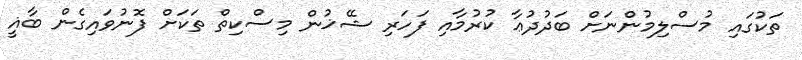
ތަކުގައި މުސްލިމުންނަށް ބަދުދުޢާ ކުރުމާއި ފަހަރި ޝޭޚުން މިސްކިތް ތަކަށް ފޮނުވައިގެން ބާޣީ